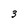
Character: 3